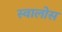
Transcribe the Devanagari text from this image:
स्वालोस